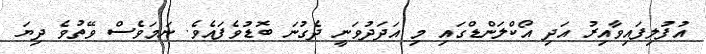
އުފުލިފައިވާއިރު އަދި އޯކްލަންޑްގައި މި އަދަދުވަނީ ދެގުނަ ބޮޑުވެފައެވެ. ނަމަވެސް ވޭތުވެ ދިޔަ